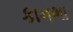
કાનભા